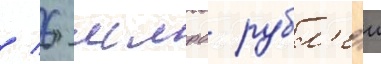
/ 6 млрд рубл'еи